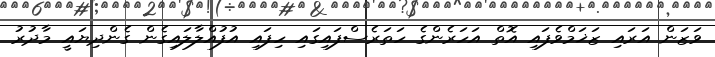
ވަޒަން އަރައި ޒަޚަމްވެފައި އޮތް އަހަރެންގެ ހަތަރެސްފައިގައި ހިފައި އުފުއްލާލައިގެން ގެންދިޔައީ މާދުރު